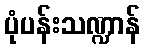
ပုံပန်းသဏ္ဍာန်